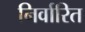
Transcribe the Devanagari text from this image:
निर्वारित